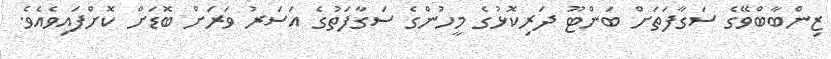
ޒިންބާބްވޭގެ ސަގާފަތަށް ބަންޓޫ ދަރިކޮޅުގެ މީހުންގެ ސަގާފަތުގެ އަސަރު ވަރަށް ބޮޑަށް ކޮށްފައިވެއެވެ.